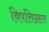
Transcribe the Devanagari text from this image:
विपत्तिग्रस्त